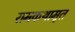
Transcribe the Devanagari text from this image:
रामकथामृत